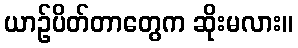
ယာဉ်ပိတ်တာတွေက ဆိုးမလား။